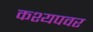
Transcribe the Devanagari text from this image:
कश्यपवर